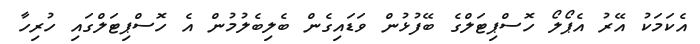
އެކަމަކު އޭރު އެޕޯލޯ ހޮސްޕިޓަލްގެ ބޭފުޅުން ވަޑައިގެން ބެލިބެލުމުން އެ ހޮސްޕިޓަލްގައި ހުރިހާ